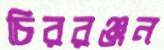
চিররঞ্জন